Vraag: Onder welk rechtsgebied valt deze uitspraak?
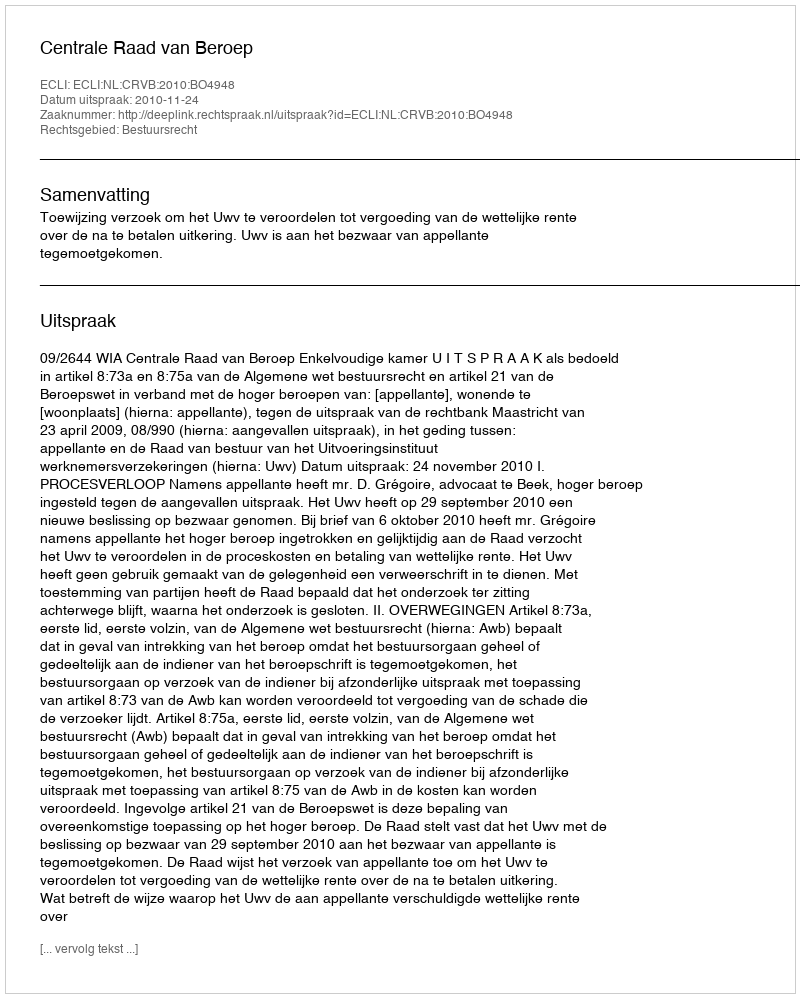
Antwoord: Bestuursrecht